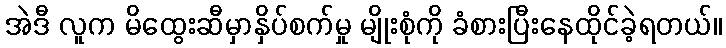
အဲဒီ လူက မိထွေးဆီမှာနှိပ်စက်မှု မျိုးစုံကို ခံစားပြီးနေထိုင်ခဲ့ရတယ်။